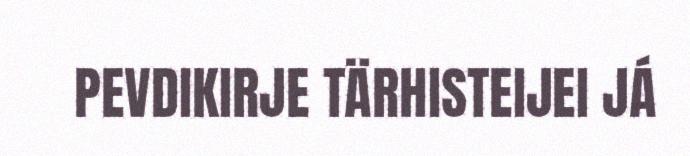
PEVDIKIRJE TÄRHISTEIJEI JÁ